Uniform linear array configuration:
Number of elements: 64
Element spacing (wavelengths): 0.5
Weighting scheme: cosine
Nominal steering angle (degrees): -15
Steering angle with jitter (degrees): -13.667
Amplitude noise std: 0.05
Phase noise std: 0.05

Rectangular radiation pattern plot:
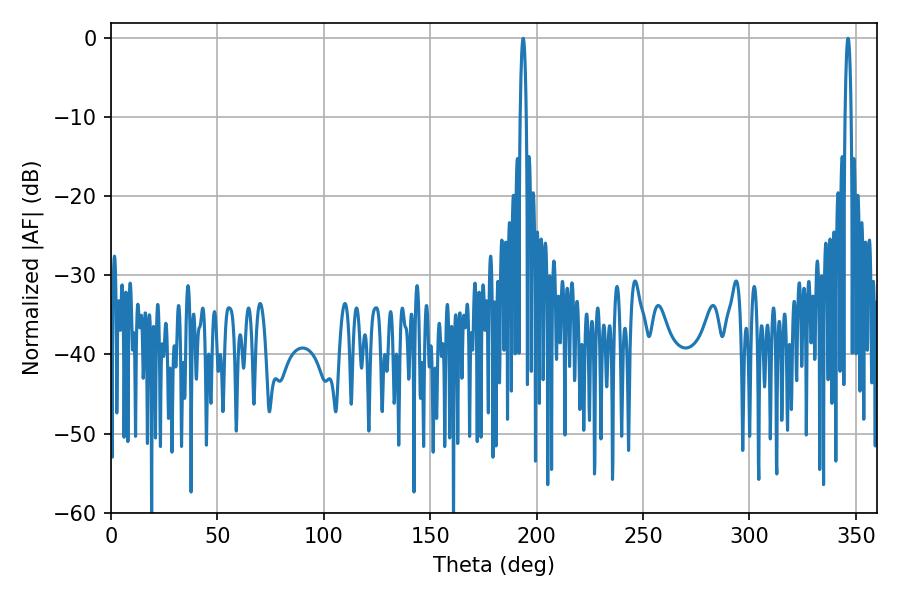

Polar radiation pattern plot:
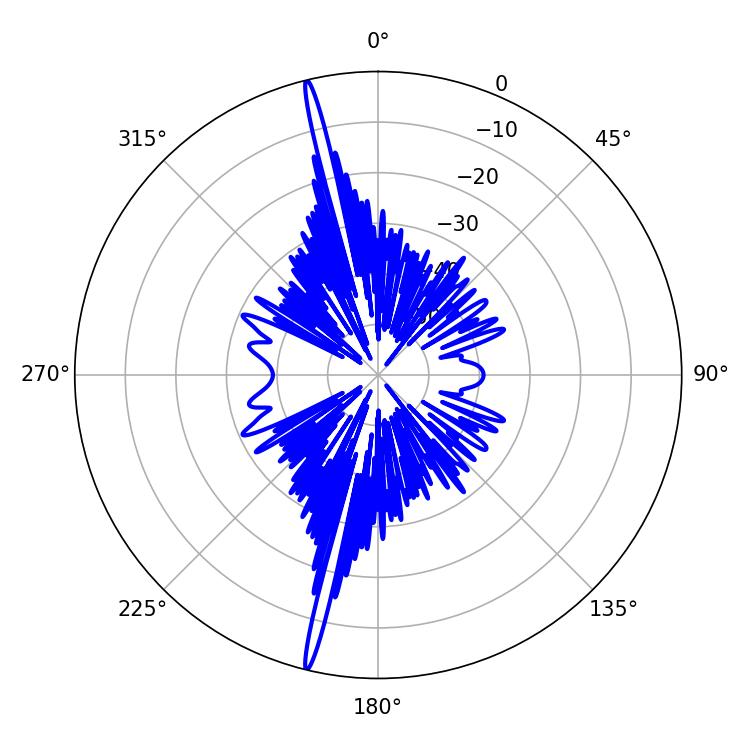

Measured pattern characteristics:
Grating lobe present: FALSE
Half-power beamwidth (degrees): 1.44
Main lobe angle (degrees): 346.32